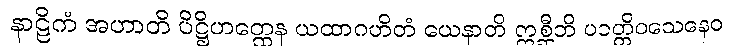
နာဠိကံ အဟာတိ ပိဋ္ဌိဟတ္ထေန ယထာဂဟိတံ ယေနာတိ ဣစ္ဆီတိ ပဝတ္တိဝသေနေဝ